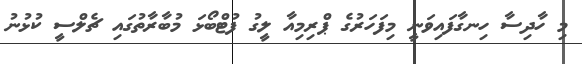
މި ހާދިސާ ހިނގާފައިވަނީ މިފަހަރުގެ ޕްރިމިއާ ލީގު ފުޓްބޯޅަ މުބާރާތުގައި ޗެލްސީ ކުޅުނު